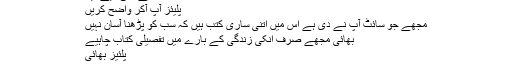
انھوں حوالے بھی دیے ہیں
پلیئز آپ آکر واضح کریں
مجھے جو سائٹ آپ نے دی ہے اس میں اتنی ساری کتب ہیں کہ سب کو پڑھنا آسان نہیں
بھائی مجھے صرف انکی زندگی کے بارے میں تفصیلی کتاب چاہیے
پلئیز بھائی
السلام علیکم‌!